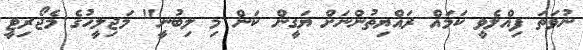
ނުވަތަ ފިއްލެވީ ކަމައް ރައްޔިތުންނަށް ޔަގީން ކަން މި ލިބުނީ" މަޖިލީހުގެ މެޖޯރިޓީ